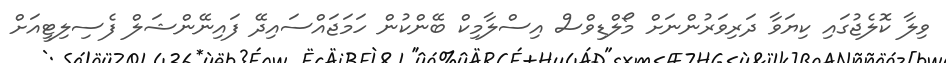
ވިލާ ކޮލެޖުގައި ކިޔަވާ ދަރިވަރުންނަށް މޯލްޑިވްސް އިސްލާމިކް ބޭންކުން ހަމަޖައްސައިދޭ ފައިނޭންޝަލް ފެސިލިޓީއަށް